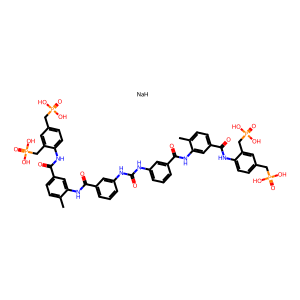
SMILES: Cc1ccc(C(=O)Nc2ccc(CP(=O)(O)O)cc2CP(=O)(O)O)cc1NC(=O)c1cccc(NC(=O)Nc2cccc(C(=O)Nc3cc(C(=O)Nc4ccc(CP(=O)(O)O)cc4CP(=O)(O)O)ccc3C)c2)c1.[NaH]
Inhibits HIV replication: No